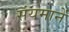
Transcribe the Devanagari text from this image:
संयमानें